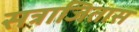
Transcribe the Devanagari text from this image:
सत्राजितास